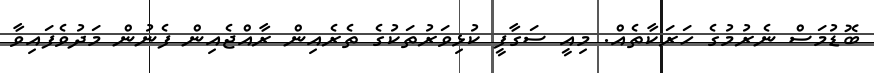
ބޮޑުމަސް ނެރުމުގެ ހަރަކާތެއް. މިއީ ސަގާފީ ކުޅިވަރުތަކުގެ ތެރެއިން ރާއްޖެއިން ފެނުން މަދުވެފައިވާ